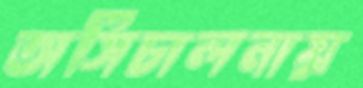
অসিচালনায়